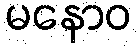
မနောဝ